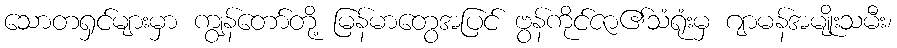
သောတရှင်များမှာ ကျွန်တော်တို့ မြန်မာတွေအပြင် ဗွန်ကိုင်ဇာ၏သံရုံးမှ ဂျာမန်အမျိုးသမီး၊